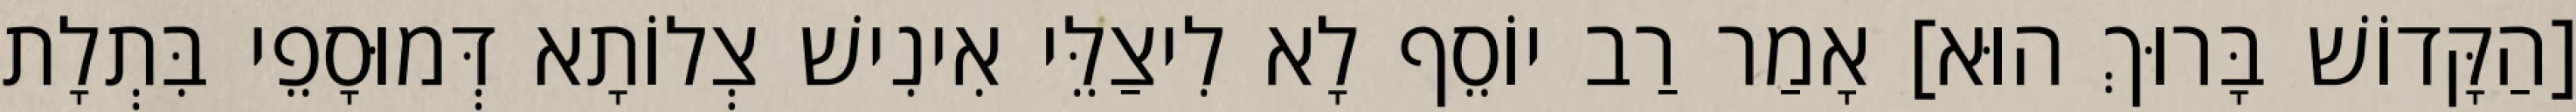
[הַקָּדוֹשׁ בָּרוּךְ הוּא] אָמַר רַב יוֹסֵף לָא לִיצַלֵּי אִינִישׁ צְלוֹתָא דְּמוּסָפֵי בִּתְלָת